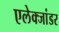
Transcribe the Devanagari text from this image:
एलेक्जांडर